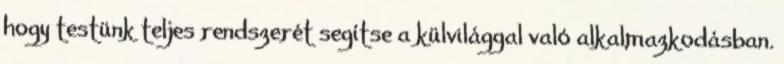
hogy testünk teljes rendszerét segítse a külvilággal való alkalmazkodásban.